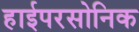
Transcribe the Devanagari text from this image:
हाईपरसोनिक